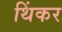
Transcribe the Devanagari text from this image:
थिंकर